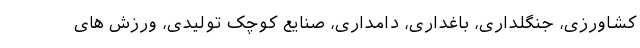
کشاورزی، جنگلداری، باغداری، دامداری، صنایع کوچک تولیدی، ورزش های